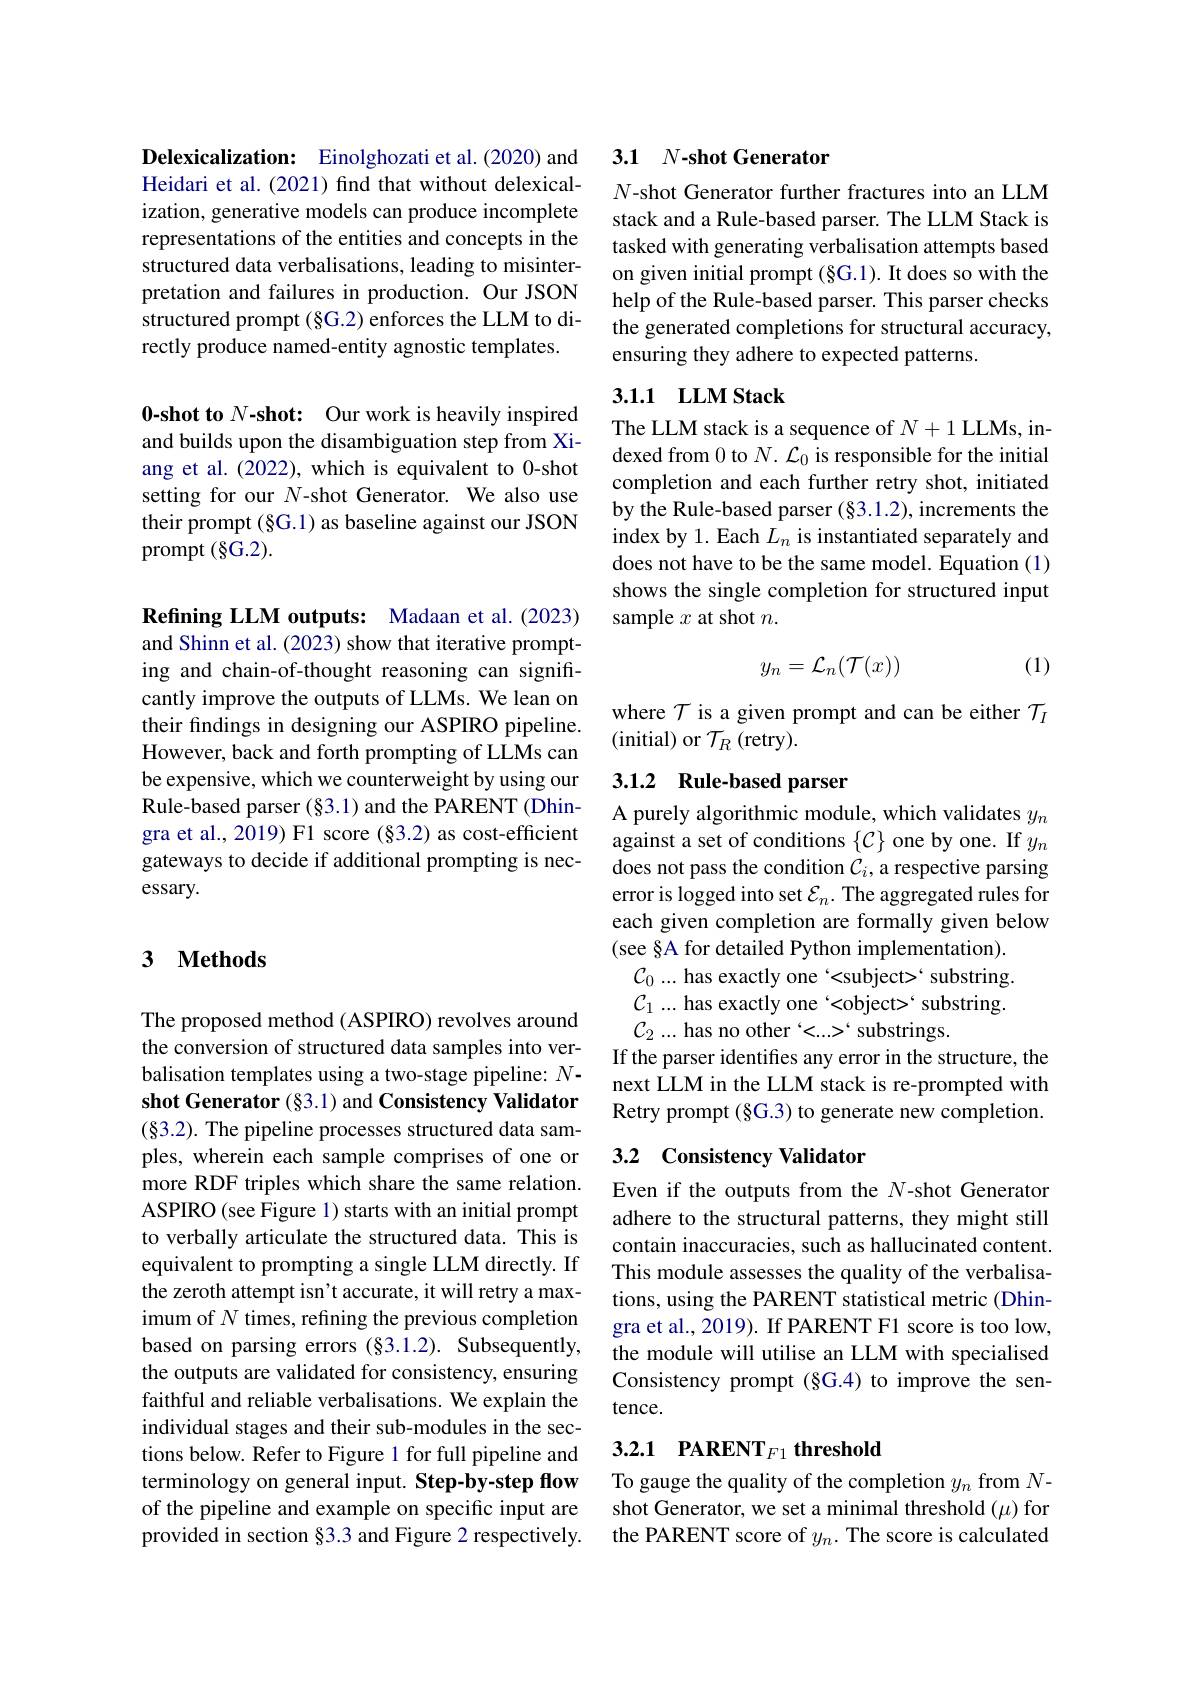
Delexicalization: Einolghozati et al.(2020) and Heidari et al.(2021) find that without delexicalization, generative models can produce incomplete representations of the entities and concepts in the structured data verbalisations, leading to misinterpretation and failures in production. Our JSON structured prompt (§G.2) enforces the LLM to directly produce named-entity agnostic templates.

0-shot to $N\textbf{- shot: }$ Our work is heavily inspired and builds upon the disambiguation step from Xiang et al. (2022), which is equivalent to 0-shot setting for our $N$-shot Generator. We also use their prompt (§G.1) as baseline against our JSON prompt (§G.2).

Refining LLM outputs: Madaan et al.(2023) and Shinn et al. (2023) show that iterative prompting and chain-of-thought reasoning can significantly improve the outputs of LLMs. We lean on their fndings in designing our ASPIRO pipeline. However, back and forth prompting of LLMs can be expensive, which we counterweight by using our Rule-based parser (§3.1) and the PARENT (Dhingra et al., 2019) F1 score (§3.2) as cost-efficient gateways to decide if additional prompting is necessary.

### 3 $\textbf{Methods}$

The proposed method (ASPIRO) revolves around the conversion of structured data samples into verbalisation templates using a two-stage pipeline: $N-$ shot Generator (§3.1) and Consistency Validator (§3.2). The pipeline processes structured data samples, wherein each sample comprises of one or more RDF triples which share the same relation. ASPIRO (see Figure 1) starts with an initial prompt to verbally articulate the structured data. This is equivalent to prompting a single LLM directly. If the zeroth attempt isn't accurate, it will retry a maximum of $N$ times, refining the previous completion based on parsing errors (§3.1.2). Subsequently, the outputs are validated for consistency, ensuring faithful and reliable verbalisations. We explain the individual stages and their sub-modules in the sections below. Refer to Figure 1 for full pipeline and terminology on general input. Step-by-step flow of the pipeline and example on specific input are provided in section §3.3 and Figure 2 respectively.

## 3.1 N-shot Generator

N-shot Generator further fractures into an LLM stack and a Rule-based parser. The LLM Stack is tasked with generating verbalisation attempts based on given initial prompt (§G.1). It does so with the help of the Rule-based parser. This parser checks the generated completions for structural accuracy, ensuring they adhere to expected patterns.

### 3.1.1 LLM Stack

The LLM stack is a sequence of $N+1$ LLMs, indexed from 0 to $N.\mathcal{L}_0$ is responsible for the initial completion and each further retry shot, initiated by the Rule-based parser $(\S3.1.2)$, increments the index by 1. Each $L_n$ is instantiated separately and does not have to be the same model. Equation (1) shows the single completion for structured input sample $x$ at shot $n.$

(1)
$$y_n=\mathcal{L}_n(\mathcal{T}(x))$$
where $\mathcal{T}$ is a given prompt and can be either $\mathcal{T}_I$
(initial) or $\mathcal{T}_R($retry).

# 3.1.2 Rule-based parser

A purely algorithmic module, which validates $y_n$ against a set of conditions $\{\mathcal{C}\}$ one by one. If $y_n$ does not pass the condition $C_i$, a respective parsing error is logged into set $\mathcal{E}_n.$ The aggregated rules for each given completion are formally given below (see §A for detailed Python implementation). $\mathcal{C}_0...$ has exactly one‘<subject>‘substring. $\mathcal{C}_1...$ has exactly one `<object>‘substring. $\mathcal{C}_2...$ has no other $`<...>`$ substrings.
If the parser identifies any error in the structure, the next LLM in the LLM stack is re-prompted with Retry prompt (§G.3) to generate new completion.

## 3.2 Consistency Validator

Even if the outputs from the $N$-shot Generator adhere to the structural patterns, they might still contain inaccuracies, such as hallucinated content. This module assesses the quality of the verbalisations, using the PARENT statistical metric (Dhingra et al., 2019). If PARENT F1 score is too low, the module will utilise an LLM with specialised Consistency prompt (§G.4) to improve the sentence.

# 3.2.1 PARENT$_F1$ threshold

To gauge the quality of the completion $y_n$ from $N-$ shot Generator, we set a minimal threshold (μ) for the PARENT score of $y_n.$ The score is calculated